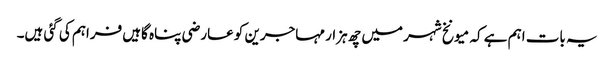
یہ بات اہم ہے کہ میونخ شہر میں چھ ہزار مہاجرین کو عارضی پناہ گاہیں فراہم کی گئی ہیں۔